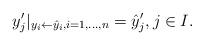
LaTeX: \begin{align*}y_j'\vert_{y_i \leftarrow \hat y_i, i=1,\dots, n} = \hat y_j',j\in I.\end{align*}